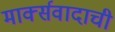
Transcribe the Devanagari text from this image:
मार्क्सवादाची